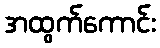
အထွက်ကောင်း